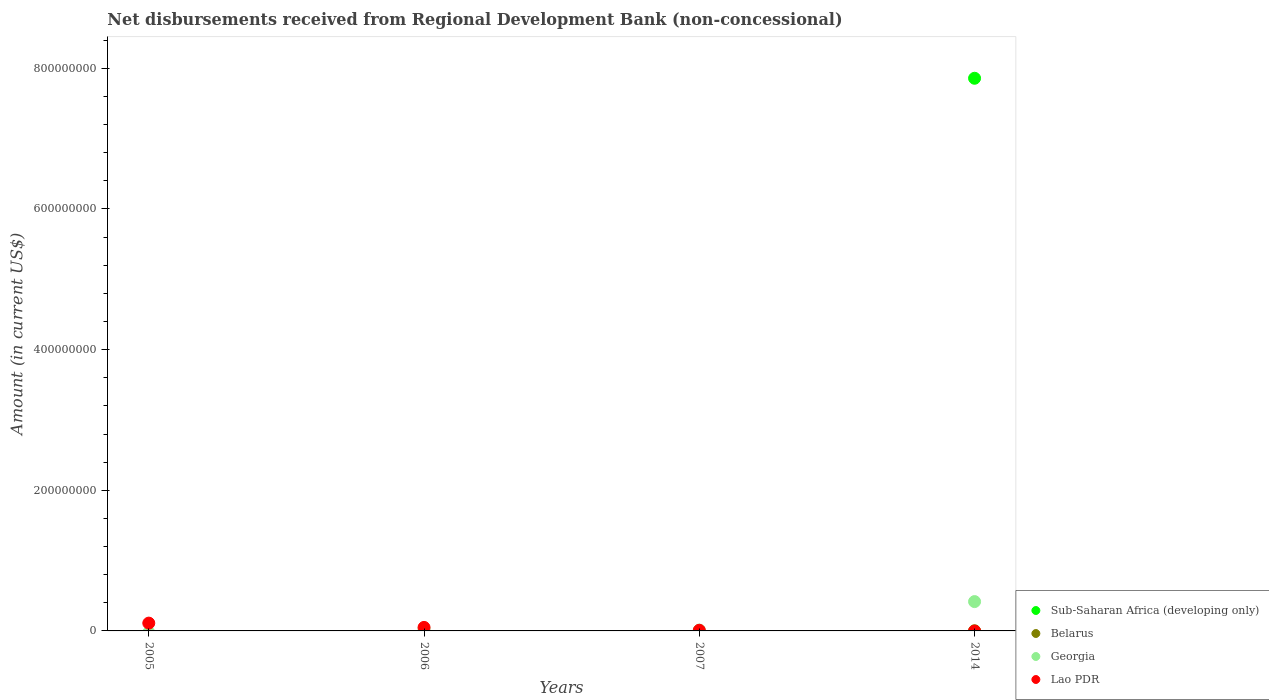
| Years | Sub-Saharan Africa (developing only) | Belarus | Georgia | Lao PDR |
 | --- | --- | --- | --- | --- |
 | 2005 | -2.11e+08 | -8.8e+06 | -2.3e+06 | 1.11e+07 |
 | 2006 | -2.23e+08 | -5.74e+06 | 3.06e+06 | 4.99e+06 |
 | 2007 | -4e+08 | -3.11e+06 | 1.22e+06 | 9.09e+05 |
 | 2014 | 7.86e+08 | 2.41e+05 | 4.17e+07 | -2.56e+05 |